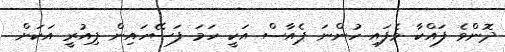
ދޮންވެ ފައްކާ ވެފައި ހުންނަ ޕެއާސް އަކީ ހަމަ ފަސޭހައިން ޕިއުރީ އަކަށް